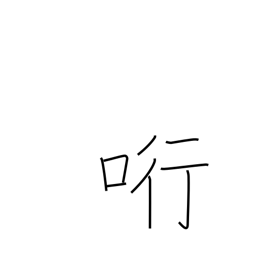
Meaning: entice